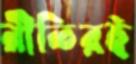
রীতিরই